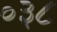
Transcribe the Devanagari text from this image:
०३८